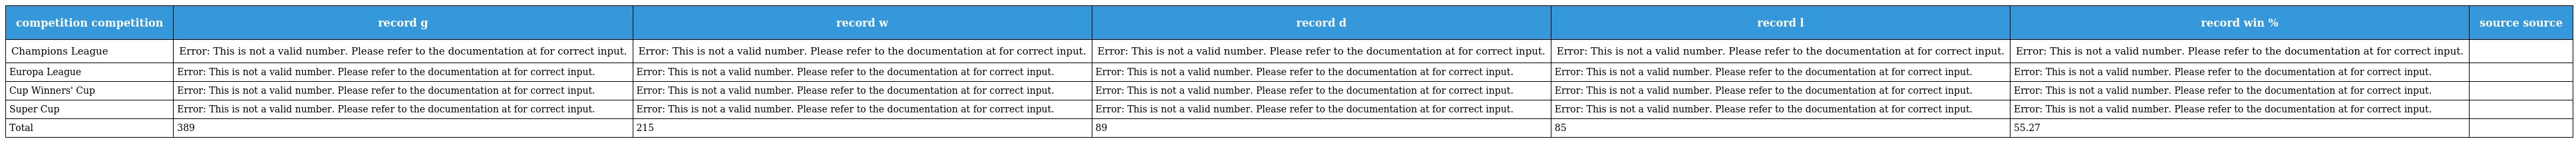
| competition competition | record g | record w | record d | record l | record win % | source source |
 | --- | --- | --- | --- | --- | --- | --- |
 | Champions League | Error: This is not a valid number. Please refer to the documentation at for correct input. | Error: This is not a valid number. Please refer to the documentation at for correct input. | Error: This is not a valid number. Please refer to the documentation at for correct input. | Error: This is not a valid number. Please refer to the documentation at for correct input. | Error: This is not a valid number. Please refer to the documentation at for correct input. |  |
 | Europa League | Error: This is not a valid number. Please refer to the documentation at for correct input. | Error: This is not a valid number. Please refer to the documentation at for correct input. | Error: This is not a valid number. Please refer to the documentation at for correct input. | Error: This is not a valid number. Please refer to the documentation at for correct input. | Error: This is not a valid number. Please refer to the documentation at for correct input. |  |
 | Cup Winners' Cup | Error: This is not a valid number. Please refer to the documentation at for correct input. | Error: This is not a valid number. Please refer to the documentation at for correct input. | Error: This is not a valid number. Please refer to the documentation at for correct input. | Error: This is not a valid number. Please refer to the documentation at for correct input. | Error: This is not a valid number. Please refer to the documentation at for correct input. |  |
 | Super Cup | Error: This is not a valid number. Please refer to the documentation at for correct input. | Error: This is not a valid number. Please refer to the documentation at for correct input. | Error: This is not a valid number. Please refer to the documentation at for correct input. | Error: This is not a valid number. Please refer to the documentation at for correct input. | Error: This is not a valid number. Please refer to the documentation at for correct input. |  |
 | Total | 389 | 215 | 89 | 85 | 55.27 |  |